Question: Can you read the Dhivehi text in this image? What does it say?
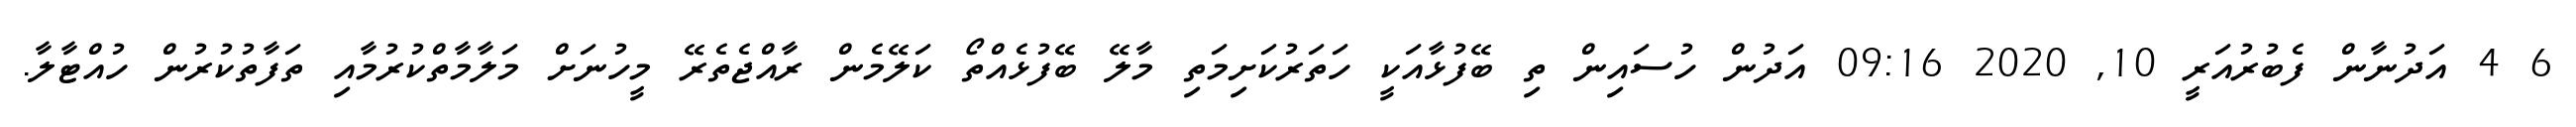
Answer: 6 4 އަދުނާން ފެބުރުއަރީ 10, 2020 09:16 އަދުން ހުސައިން ތި ބޭފުޅާއަކީ ހަތަރުކަށިމަތި މާލޭ ބޭފުޅެއްތޯ ކަލޭމެން ރާއްޖެތެރޭ މީހުނަށް މަލާމާތްކުރުމާއި ތަފާތުކުރުން ހުއްޓާލާ.